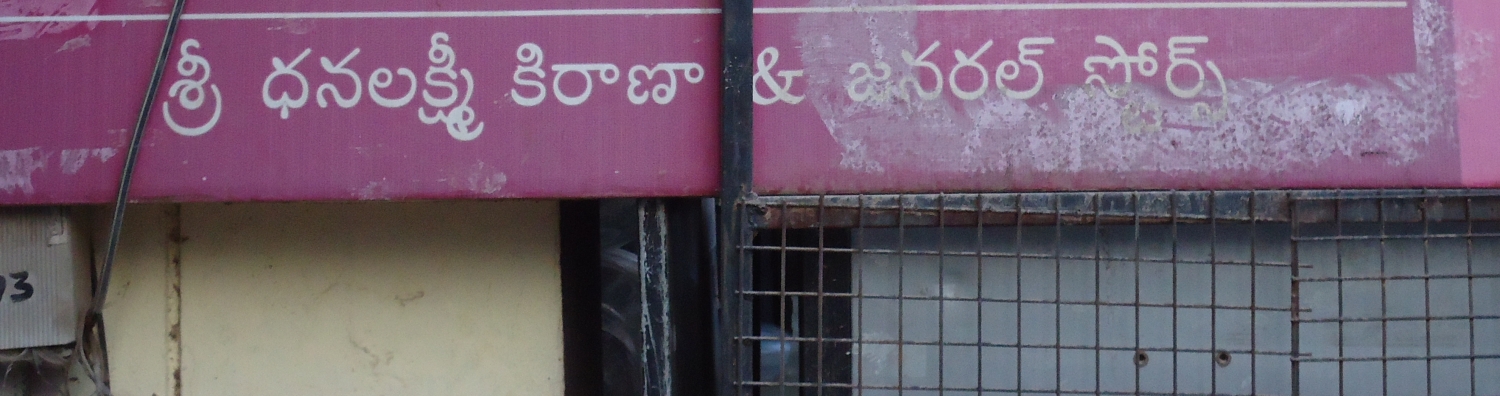
Language: telugu
Transcription: కిరాణా సొర్స్ ధనలక్ష్మి శ్రీ జనరల్